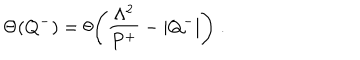
LaTeX: \Theta ( Q ^ { - } ) = \theta \Biggl ( { \frac { \Lambda ^ { 2 } } { P ^ { + } } } - | Q ^ { - } | \Biggr ) \; .